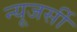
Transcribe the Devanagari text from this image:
न्‍यूजर्सी